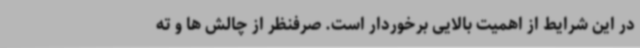
در این شرایط از اهمیت بالایی برخوردار است. صرفنظر از چالش ها و ته